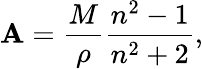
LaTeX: \mathbf{A}={\frac{{M}}{{\rho}}}{\frac{{n^{2}-1}}{{n^{2}+2}}},